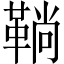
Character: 鞝